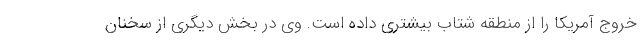
خروج آمریکا را از منطقه شتاب بیشتری داده است. وی در بخش دیگری از سخنان